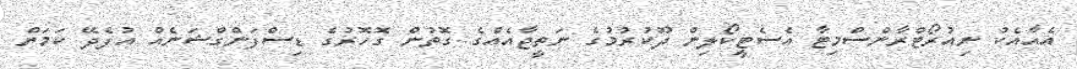
އެއާއެކު ނިއުރޯޓްރާންސްމިޓާ އެސެޓީކޯލިން ދޫކުރުމުގެ ނަތީޖާއެއްގެ ގޮތުން ގޮހޮރުގެ ޑިސްފަންގްޝަނެއް އުފެދޭ ކަމަށް